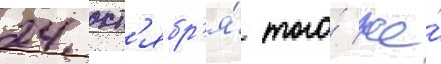
24 окт'ябр'я́ того́ же́